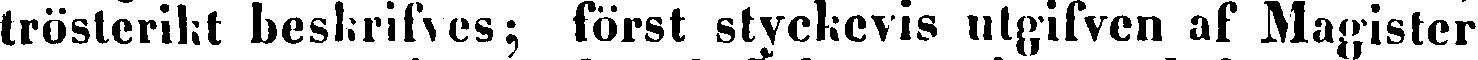
trösterikt beskrifves; först styckevis utgifven af Magister